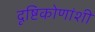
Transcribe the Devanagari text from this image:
दृष्टिकोणांशी